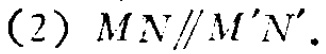
(2) \(MN\parallel M'N'\)